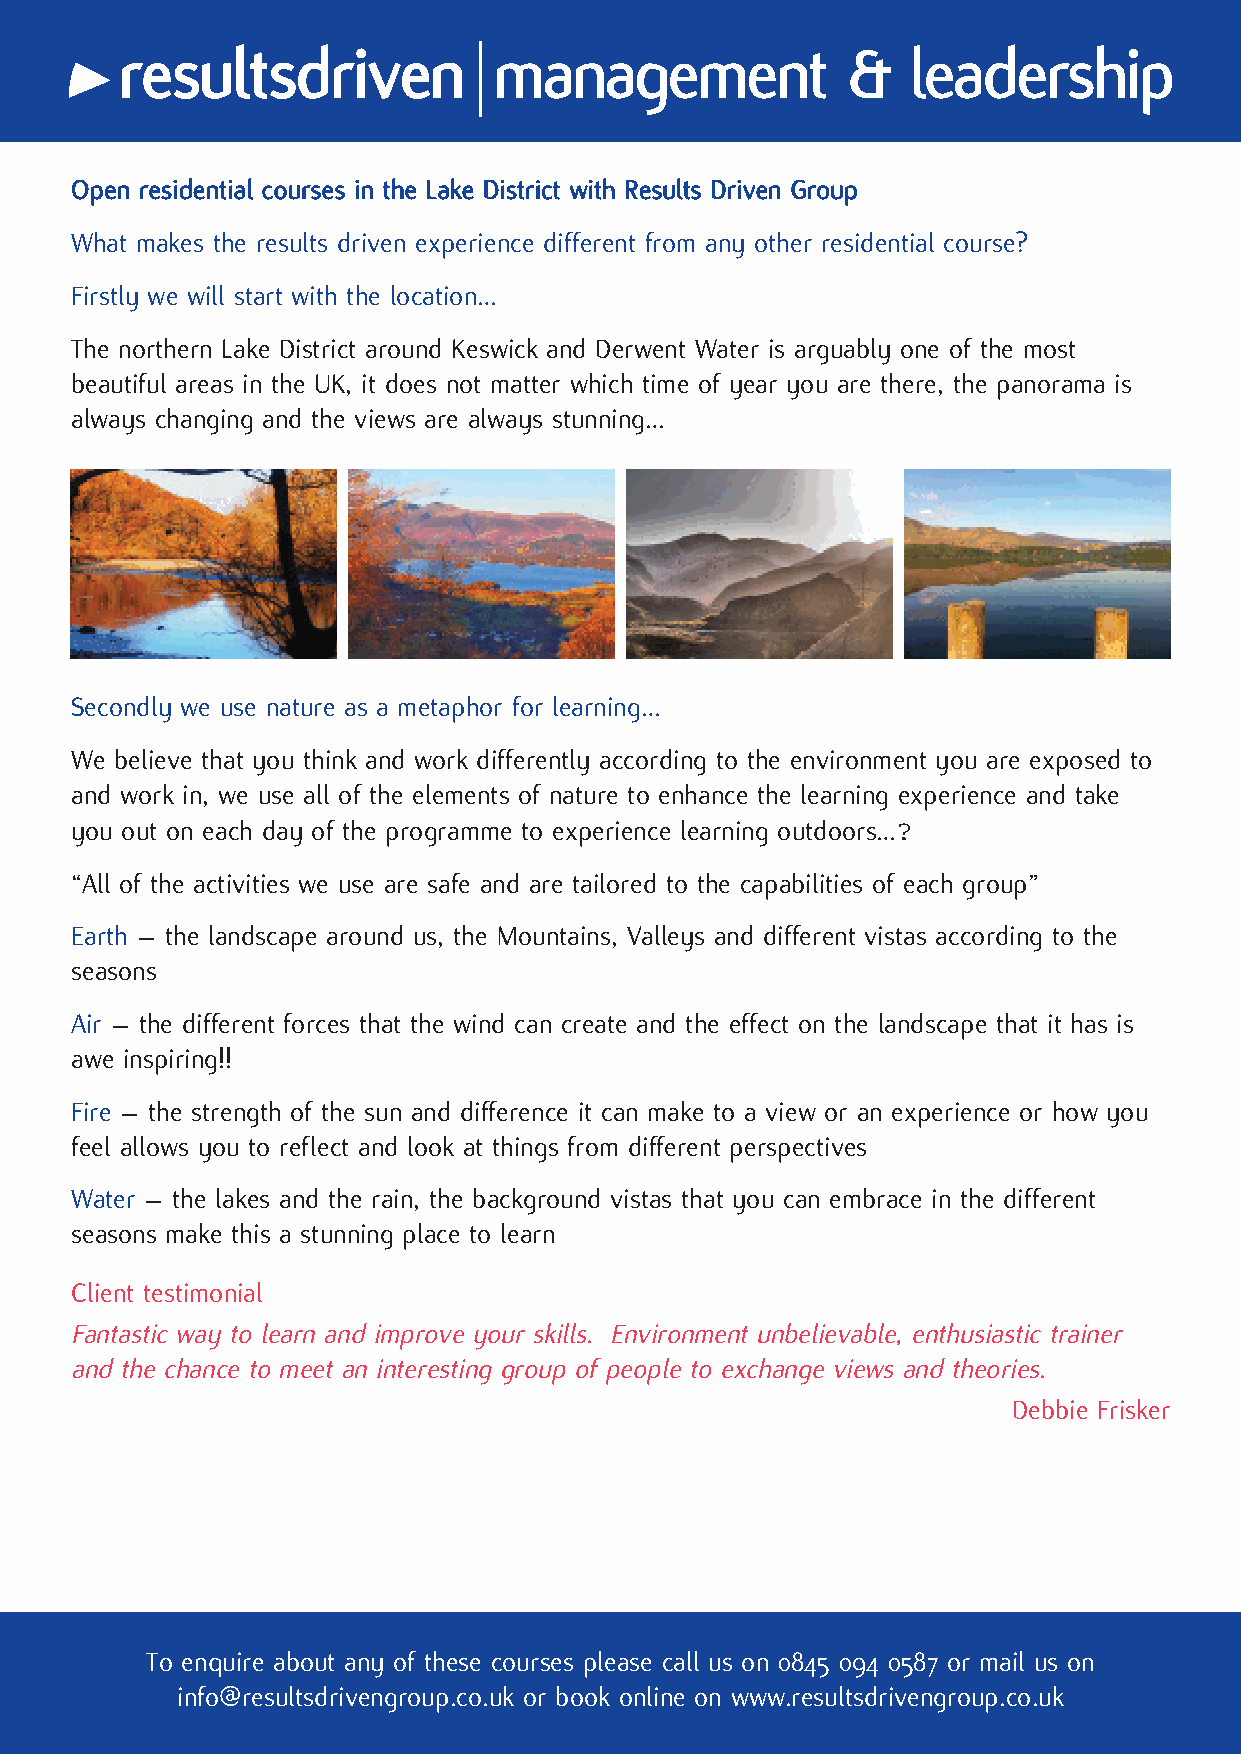
Open residential courses in the Lake District with Results Driven Group
 What makes the results driven experience different from any other residential course?
 Firstly we will start with the location…
 The northern Lake District around Keswick and Derwent Water is arguably one of the most
 beautiful areas in the UK, it does not matter which time of year you are there, the panorama is
 always changing and the views are always stunning…
 Secondly we use nature as a metaphor for learning…
 We believe that you think and work differently according to the environment you are exposed to
 and work in, we use all of the elements of nature to enhance the learning experience and take
 you out on each day of the programme to experience learning outdoors…?
 “All of the activities we use are safe and are tailored to the capabilities of each group”
 Earth – the landscape around us, the Mountains, Valleys and different vistas according to the
 seasons
 Air – the different forces that the wind can create and the effect on the landscape that it has is
 awe inspiring!!
 Fire – the strength of the sun and difference it can make to a view or an experience or how you
 feel allows you to reflect and look at things from different perspectives
 Water – the lakes and the rain, the background vistas that you can embrace in the different
 seasons make this a stunning place to learn
 Client testimonial
 Fantastic way to learn and improve your skills. Environment unbelievable, enthusiastic trainer
 and the chance to meet an interesting group of people to exchange views and theories.
 Debbie Frisker
 To enquire about any of these courses please call us on 0845 094 0587 or mail us on
 info@resultsdrivengroup.co.uk or book online on www.resultsdrivengroup.co.uk